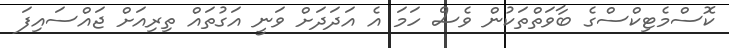
ކޮސްމެޓިކްސްގެ ބާވަތްތަކުން ވެސް ހަމަ އެ އަދަދަށް ވަނީ އަގުތައް ތިރިއަށް ޖައްސައިފަ